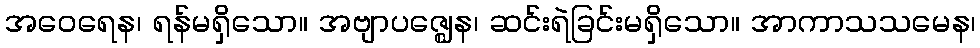
အဝေရေန၊ ရန်မရှိသော။ အဗျာပဇ္ဈေန၊ ဆင်းရဲခြင်းမရှိသော။ အာကာသသမေန၊